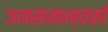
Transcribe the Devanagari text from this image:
जनसामान्‍यको